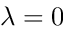
\lambda = 0